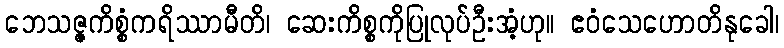
ဘေသဇ္ဇကိစ္စံကရိဿာမီတိ၊ ဆေးကိစ္စကိုပြုလုပ်ဦးအံ့ဟု။ ဧဝံသေဟောတိနုခေါ၊